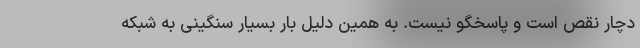
دچار نقص است و پاسخگو نیست. به همین دلیل بار بسیار سنگینی به شبکه